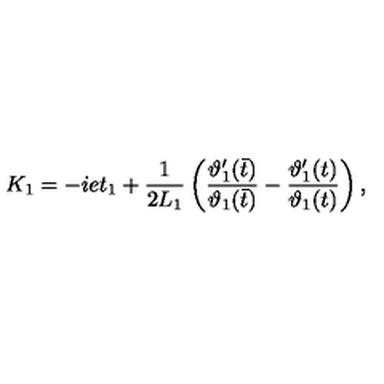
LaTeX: K _ { 1 } = - i e t _ { 1 } + \frac { 1 } { 2 L _ { 1 } } \left( \frac { \vartheta _ { 1 } ^ { \prime } ( \bar { t } ) } { \vartheta _ { 1 } ( \bar { t } ) } - \frac { \vartheta _ { 1 } ^ { \prime } ( t ) } { \vartheta _ { 1 } ( t ) } \right) ,